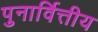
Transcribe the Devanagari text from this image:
पुनार्वित्तीय